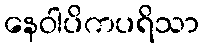
နေဝါပိကပရိသာ